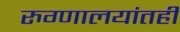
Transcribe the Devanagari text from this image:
रुग्णालयांतही